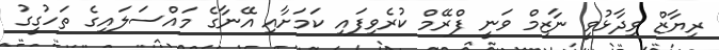
ރިޔާޒް ވިދާޅުވީ ނާޒިމް ވަނީ ފްރޭމް ކުރެވިފައި ކަމަށާއި އޭނާގެ މައްސަލައިގެ ތަހުގީގު